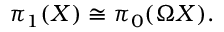
\pi _ { 1 } ( X ) \cong \pi _ { 0 } ( \Omega X ) .